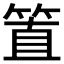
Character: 𥮖